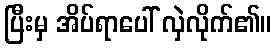
ပြီးမှ အိပ်ရာပေါ် လှဲလိုက်၏။